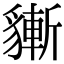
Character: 𧴃